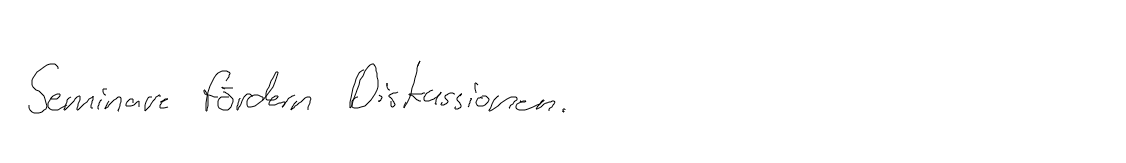
Seminare fördern Diskussionen.